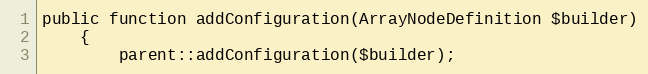
Language: PHP
public function addConfiguration(ArrayNodeDefinition $builder)
    {
        parent::addConfiguration($builder);